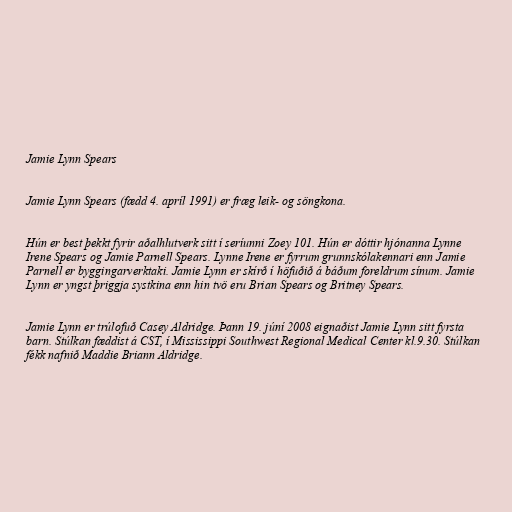
Jamie Lynn Spears

Jamie Lynn Spears (fædd 4. apríl 1991) er fræg leik- og söngkona.

Hún er best þekkt fyrir aðalhlutverk sitt í seríunni Zoey 101. Hún er dóttir hjónanna Lynne
Irene Spears og Jamie Parnell Spears. Lynne Irene er fyrrum grunnskólakennari enn Jamie
Parnell er byggingarverktaki. Jamie Lynn er skírð í höfuðið á báðum foreldrum sínum. Jamie
Lynn er yngst þriggja systkina enn hin tvö eru Brian Spears og Britney Spears.

Jamie Lynn er trúlofuð Casey Aldridge. Þann 19. júní 2008 eignaðist Jamie Lynn sitt fyrsta
barn. Stúlkan fæddist á CST, í Mississippi Southwest Regional Medical Center kl.9.30. Stúlkan
fékk nafnið Maddie Briann Aldridge.